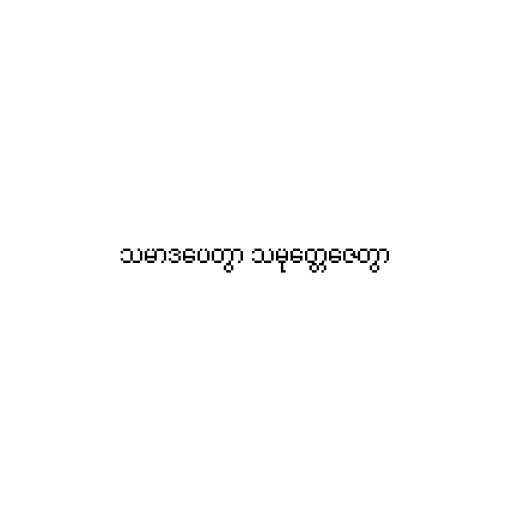
သမာဒပေတွာ သမုတ္တေဇေတွာ